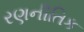
રણનીતિક